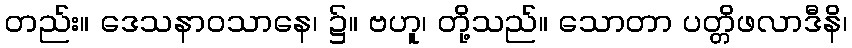
တည်း။ ဒေသနာဝသာနေ၊ ၌။ ဗဟူ၊ တို့သည်။ သောတာ ပတ္တိဖလာဒီနိ၊